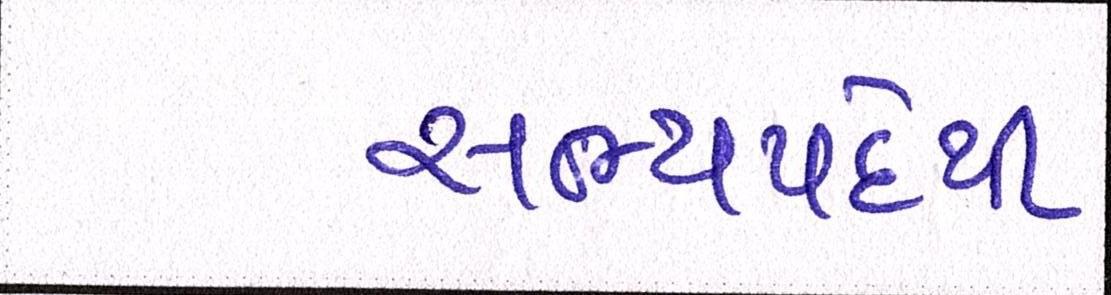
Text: સભ્યપદેથી